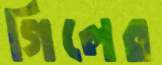
গিলের